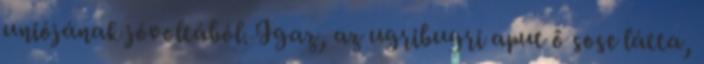
uniójának jóvoltából. Igaz, az ugribugri aput ő sose látta,